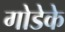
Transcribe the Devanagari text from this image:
गोडेके